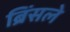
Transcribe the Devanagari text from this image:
ब्रिंसले